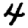
Digit: 4